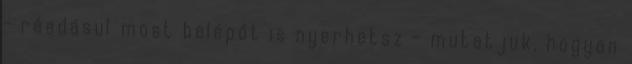
- ráadásul most belépőt is nyerhetsz - mutatjuk, hogyan